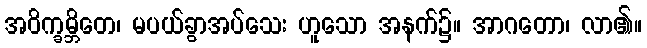
အဝိက္ခမ္ဘိတေ၊ မပယ်ခွာအပ်သေး ဟူသော အနက်၌။ အာဂတော၊ လာ၏။